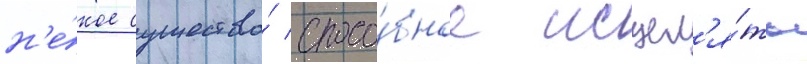
н'е́кое существо́ спосо́бное исцел'я́ть